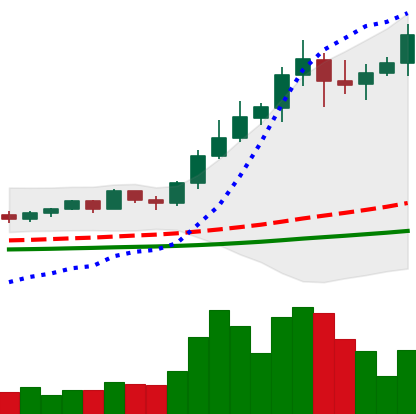
Ticker: NEO-USD
Chart end date: 2021-02-19
Forward return: -15.023%
Label: down_7plus